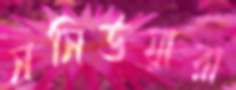
সসিউয়ারা